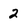
Character: 2